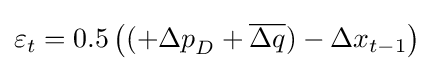
\varepsilon _{t}=0.5\left((+{\Delta p}_{D}+{\overline {\Delta q}})-{\Delta x}_{t-1}\right)